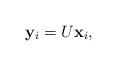
LaTeX: \begin{align*}\mathbf{y}_i =U\mathbf{x}_i,\end{align*}